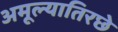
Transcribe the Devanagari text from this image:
अमूल्यातिरछे